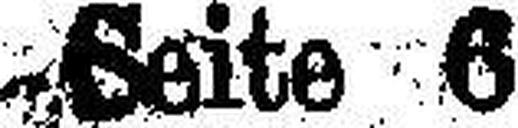
-ßeite 6